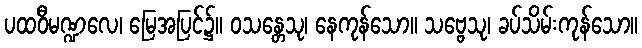
ပထဝီမဏ္ဍလေ၊ မြေအပြင်၌။ ဝသန္တေသု၊ နေကုန်သော။ သဗ္ဗေသု၊ ခပ်သိမ်းကုန်သော။